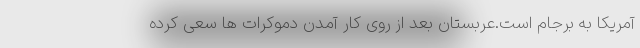
آمریکا به برجام است.عربستان بعد از روی کار آمدن دموکرات ها سعی کرده